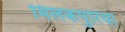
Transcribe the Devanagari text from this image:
मिलकपुरिया